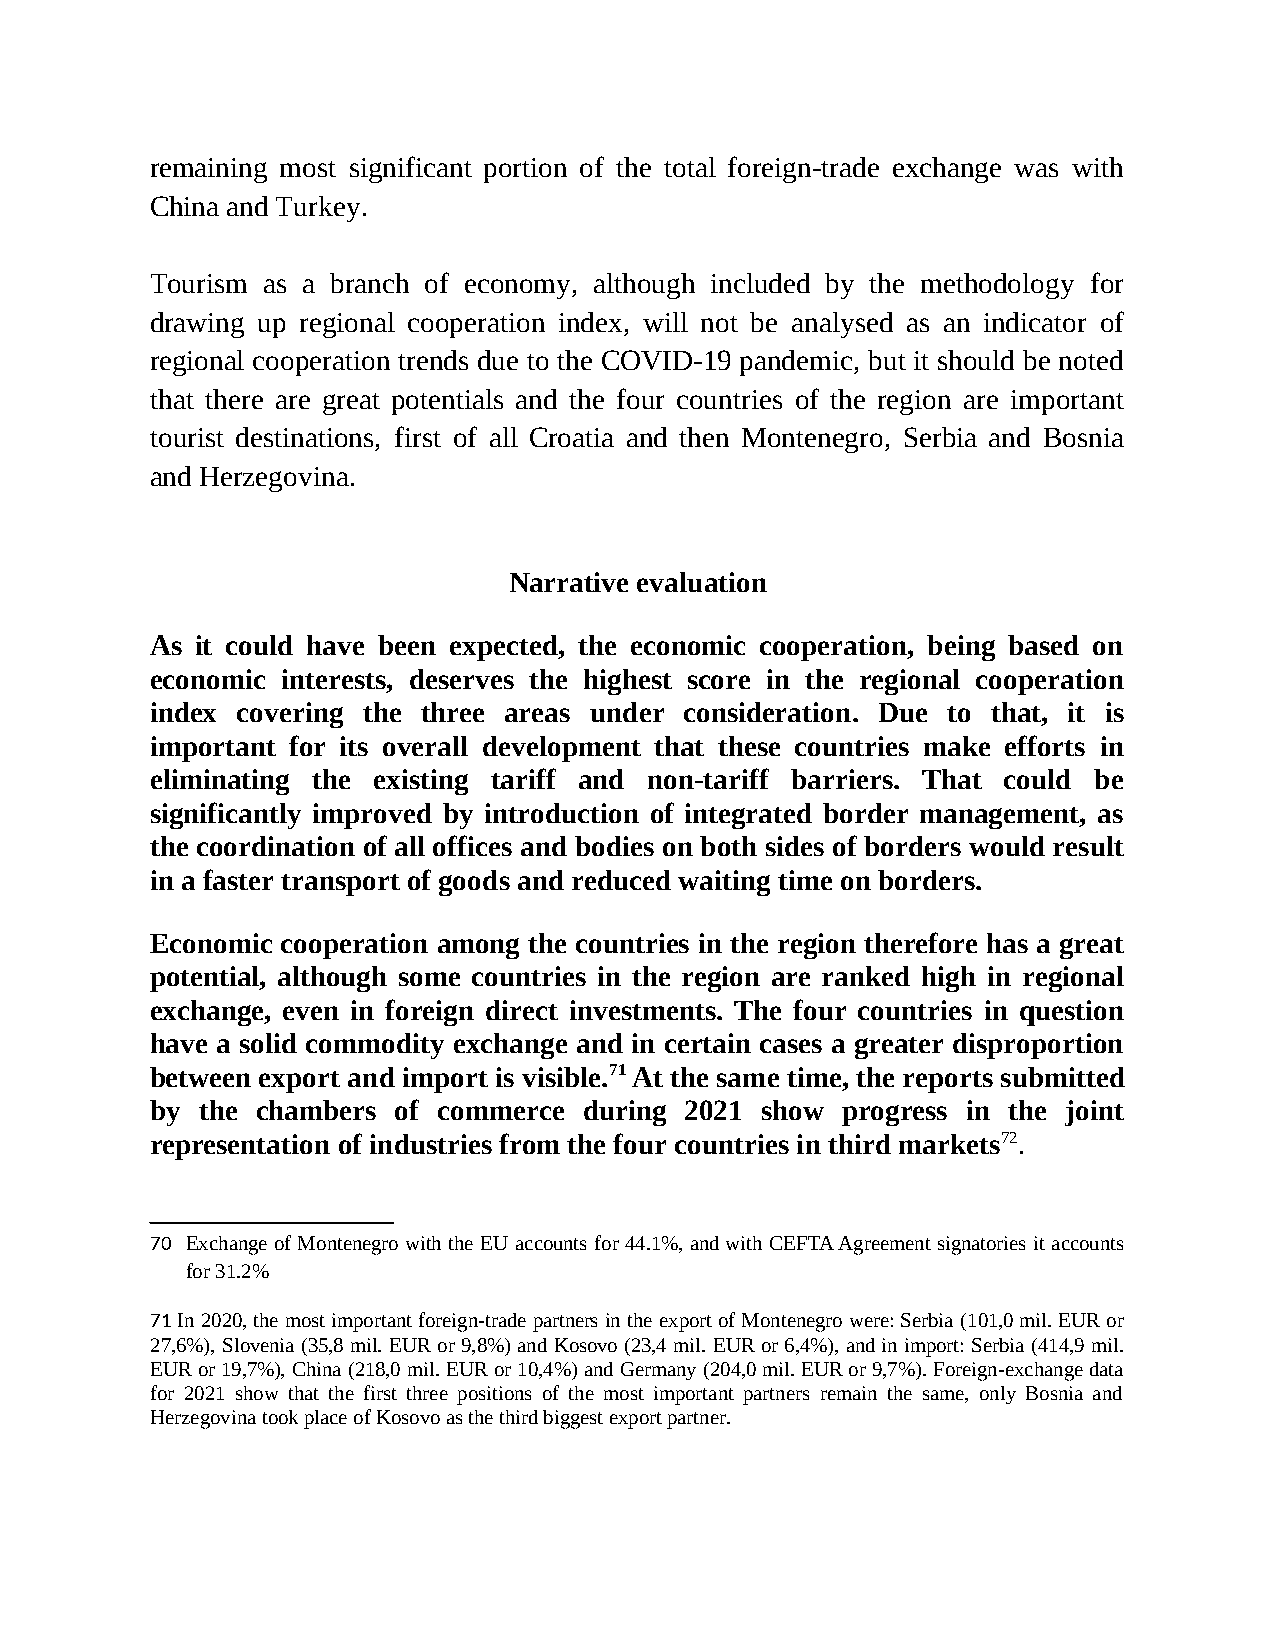
remaining most significant portion of the total foreign-trade exchange was with
 China and Turkey.
 Tourism as a branch of economy, although included by the methodology for
 drawing up regional cooperation index, will not be analysed as an indicator of
 regional cooperation trends due to the COVID-19 pandemic, but it should be noted
 that there are great potentials and the four countries of the region are important
 tourist destinations, first of all Croatia and then Montenegro, Serbia and Bosnia
 and Herzegovina.
 Narrative evaluation
 As it could have been expected, the economic cooperation, being based on
 economic interests, deserves the highest score in the regional cooperation
 index covering the three areas under consideration. Due to that, it is
 important for its overall development that these countries make efforts in
 eliminating the existing tariff and non-tariff barriers. That could be
 significantly improved by introduction of integrated border management, as
 the coordination of all offices and bodies on both sides of borders would result
 in a faster transport of goods and reduced waiting time on borders.
 Economic cooperation among the countries in the region therefore has a great
 potential, although some countries in the region are ranked high in regional
 exchange, even in foreign direct investments. The four countries in question
 have a solid commodity exchange and in certain cases a greater disproportion
 between export and import is visible.71 At the same time, the reports submitted
 by the chambers of commerce  during 2021 show progress in the joint
 representation of industries from the four countries in third markets72.
 70 Exchange of Montenegro with the EU accounts for 44.1%, and with CEFTA Agreement signatories it accounts
 for 31.2%
 71 In 2020, the most important foreign-trade partners in the export of Montenegro were: Serbia (101,0 mil. EUR or
 27,6%), Slovenia (35,8 mil. EUR or 9,8%) and Kosovo (23,4 mil. EUR or 6,4%), and in import: Serbia (414,9 mil.
 EUR or 19,7%), China (218,0 mil. EUR or 10,4%) and Germany (204,0 mil. EUR or 9,7%). Foreign-exchange data
 for 2021 show that the first three positions of the most important partners remain the same, only Bosnia and
 Herzegovina took place of Kosovo as the third biggest export partner.